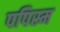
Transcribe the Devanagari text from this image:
पपिस्म